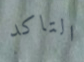
التاكد